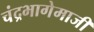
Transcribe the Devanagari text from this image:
चंद्रभागेमाजीं